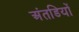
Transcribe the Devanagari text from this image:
अंतडियों